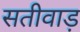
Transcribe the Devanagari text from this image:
सतीवाड़